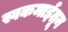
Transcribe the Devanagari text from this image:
स्वकमाईतून